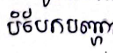
បំបែកបញ្ហា